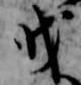
戊